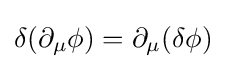
\delta (\partial _{\mu }\phi )=\partial _{\mu }(\delta \phi )